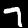
Digit: 7